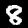
Label: 8